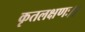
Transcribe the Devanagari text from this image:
कृतलक्षणः।।